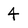
Character: 4